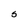
Character: S